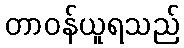
တာဝန်ယူရသည်